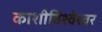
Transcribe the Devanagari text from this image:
काशीविश्‍वेश्‍वर